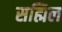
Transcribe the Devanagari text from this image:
सह्मिल